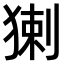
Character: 𤟰